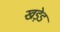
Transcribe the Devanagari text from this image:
खड़ेड